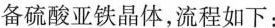
备硫酸亚铁晶体，流程如下：